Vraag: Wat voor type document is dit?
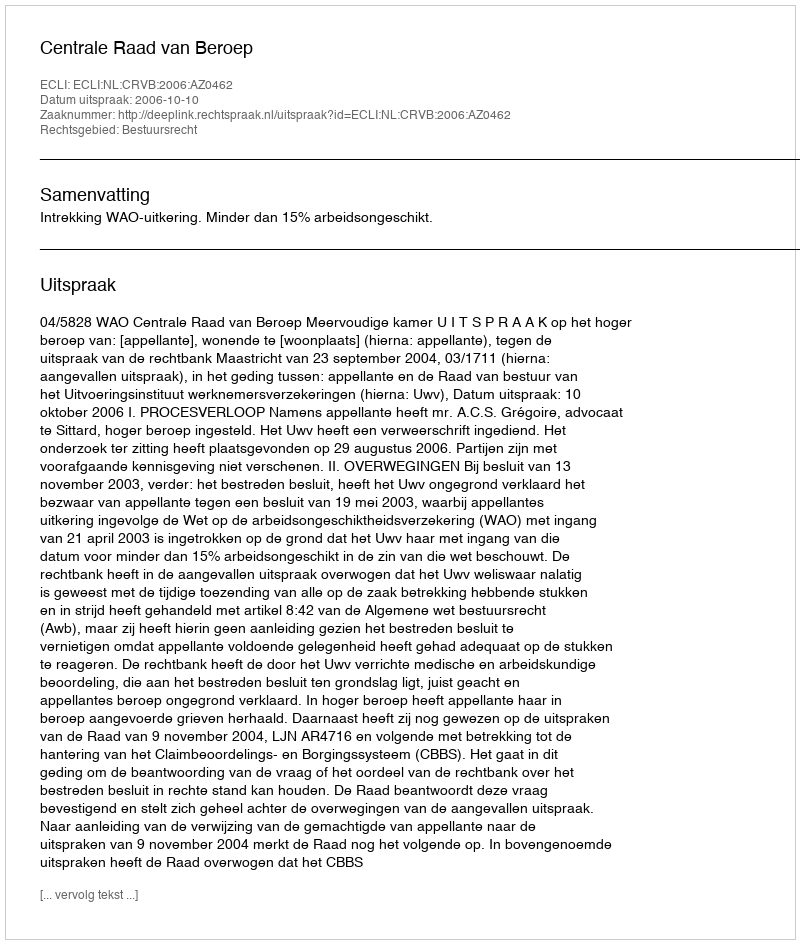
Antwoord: Uitspraak